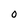
Character: O